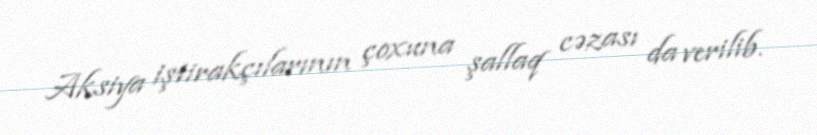
Aksiya iştirakçılarının çoxuna şallaq cəzası da verilib.